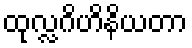
ထုလ္လဂိဟိနိယတာ